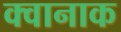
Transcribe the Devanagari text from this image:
क्वानाक